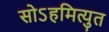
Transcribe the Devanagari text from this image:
सोऽहमित्युत